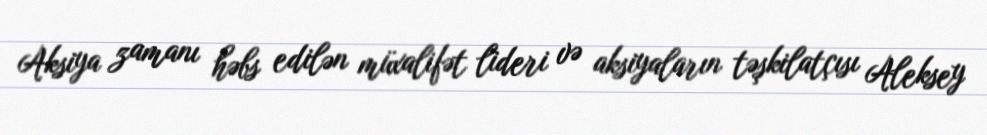
Aksiya zamanı həbs edilən müxalifət lideri və aksiyaların təşkilatçısı Aleksey